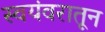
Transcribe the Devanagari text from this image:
स्वयंवरातून